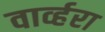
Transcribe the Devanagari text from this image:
वार्व्हरा